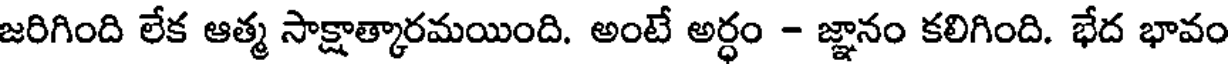
జరిగింది లేక ఆత్మ సాక్షాత్కారమయింది. అంటే అర్ధం - జ్ఞానం కలిగింది. భేద భావం